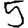
Digit: 5